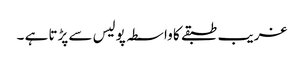
غریب طبقے کا واسطہ پولیس سے پڑتا ہے ۔